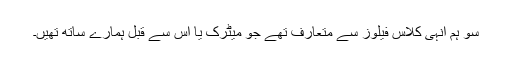
سو ہم انہی کلاس فیلوز سے متعارف تھے جو میٹرک یا اس سے قبل ہمارے ساتھ تھیں۔